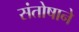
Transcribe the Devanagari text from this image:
संतोषाने